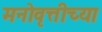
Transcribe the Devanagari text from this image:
मनोवृत्तीच्या